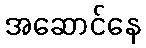
အဆောင်နေ